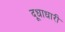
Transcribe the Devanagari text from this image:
दूधाधारी